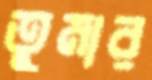
তুমার